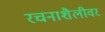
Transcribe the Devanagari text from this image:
रचनाशैलीवर